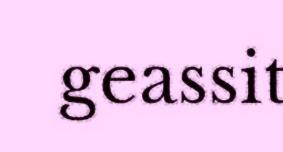
geassit